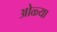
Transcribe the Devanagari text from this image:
ओळ्या